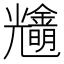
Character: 𨮠